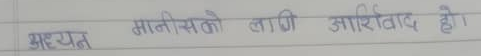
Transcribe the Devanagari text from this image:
अध्यत मानिसको लागि आशिर्वाद हो।